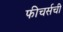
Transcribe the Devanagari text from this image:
फीचर्सची